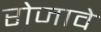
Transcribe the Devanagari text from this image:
रोजावे